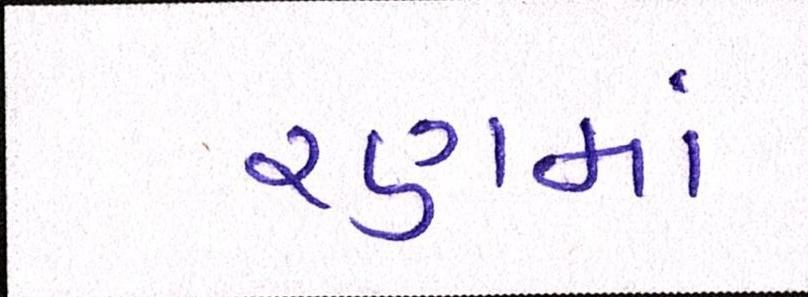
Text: રણમાં